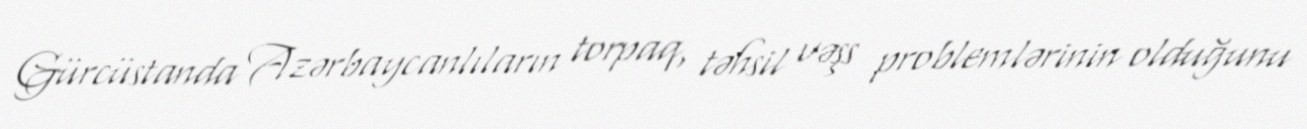
Gürcüstanda Azərbaycanlıların torpaq, təhsil vəşs problemlərinin olduğunu